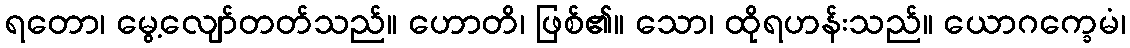
ရတော၊ မွေ့လျော်တတ်သည်။ ဟောတိ၊ ဖြစ်၏။ သော၊ ထိုရဟန်းသည်။ ယောဂက္ခေမံ၊